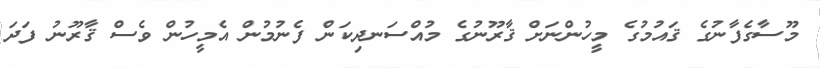
މޫސާގެފާނުގެ ޤައުމުގެ މީހުންނަށް ޤާރޫނުގެ މުއްސަނދިކަން ފެނުމުން އެމީހުން ވެސް ޤާރޫނު ފަދަ